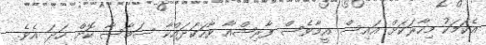
އެކަމަކު މިހާރަކަށް އައިސް އީމާވެސް ފާރިޝްއާ ވާހަކަދައްކާ ސަމާސާ ކޮށް ހަދަ އެވެ.